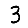
Digit: 3